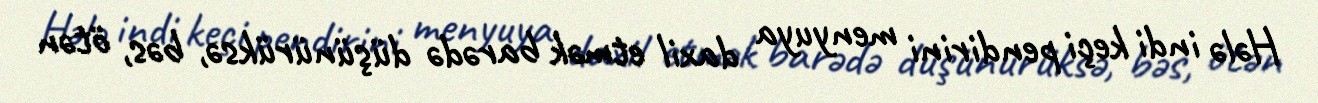
Hələ indi keçi pendirini menyuya daxil etmək barədə düşünürüksə, bəs, ötən